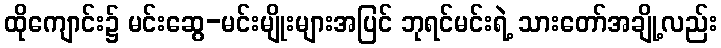
ထိုကျောင်း၌ မင်းဆွေ-မင်းမျိုးများအပြင် ဘုရင်မင်းရဲ့ သားတော်အချို့လည်း